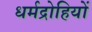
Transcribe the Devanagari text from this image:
धर्मद्रोहियों